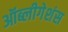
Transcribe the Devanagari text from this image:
ऑब्लीगेशंस